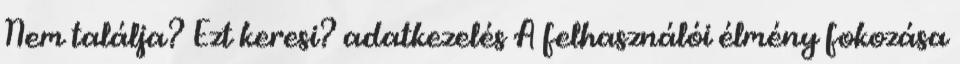
Nem találja? Ezt keresi? adatkezelés A felhasználói élmény fokozása